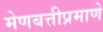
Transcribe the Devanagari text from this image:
मेणबत्तीप्रमाणे